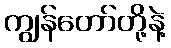
ကျွန်တော်တို့နဲ့